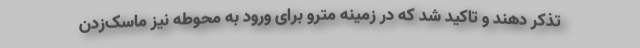
تذکر دهند و تاکید شد که در زمینه مترو برای ورود به محوطه نیز ماسک‌زدن